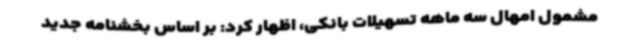
مشمول امهال سه ‌ماهه تسهیلات بانکی، اظهار کرد: بر اساس بخشنامه جدید